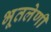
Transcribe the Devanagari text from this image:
भूतलेणी